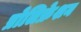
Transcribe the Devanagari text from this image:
प्रोलिफ्रेशन